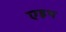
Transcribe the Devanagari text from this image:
एइथ